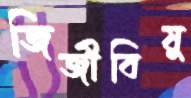
জিজীবিষু